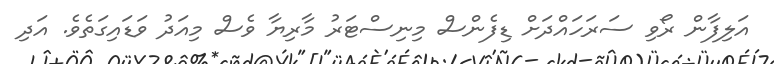
އަލިފާން ރޯވި ސަރަހައްދަށް ޑިފެންސް މިނިސްޓަރު މާރިޔާ ވެސް މިއަދު ވަޑައިގަތެވެ. އަދި